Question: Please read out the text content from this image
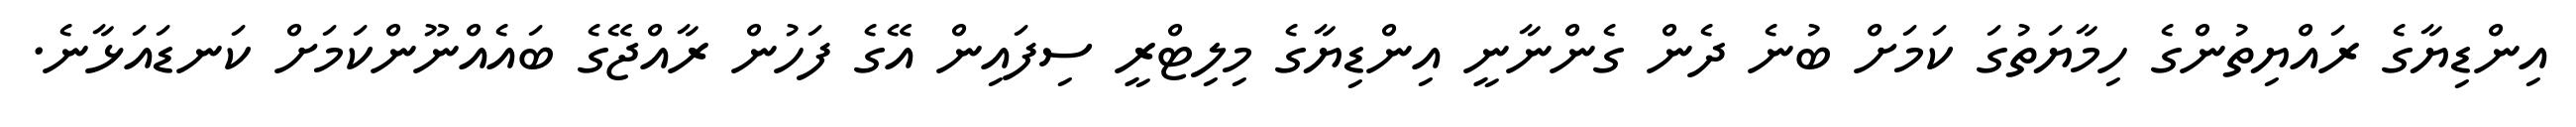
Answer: އިންޑިޔާގެ ރައްޔިތުންގެ ހިމާޔަތުގަ ކަމަށް ބުނެ ދެން ގެންނާނީ އިންޑިޔާގެ މިލިޓްރީ ސިފައިން އޭގެ ފަހުން ރާއްޖޭގެ ބައެއްނޫންކަމަށް ކަނޑައަޅާނެ.